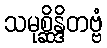
သမုစ္ဆိန္ဒိတဗ္ဗံ